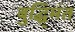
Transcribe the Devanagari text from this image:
बुद्धि्मंत